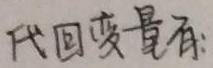
代回变量有: